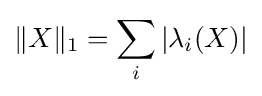
\|X\|_{1}=\sum _{i}|\lambda _{i}(X)|